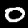
Label: 0